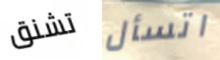
تشنق اتسأل